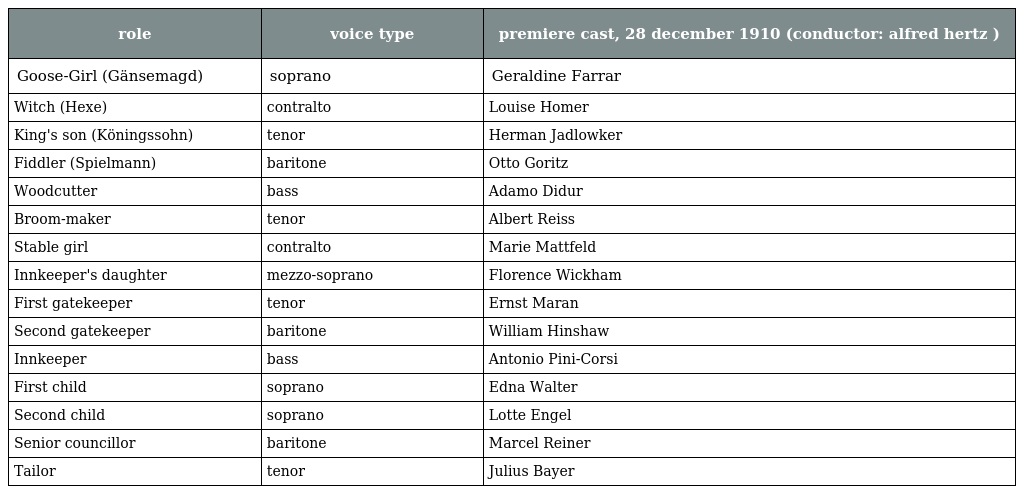
| role | voice type | premiere cast, 28 december 1910 (conductor: alfred hertz ) |
 | --- | --- | --- |
 | Goose-Girl (Gänsemagd) | soprano | Geraldine Farrar |
 | Witch (Hexe) | contralto | Louise Homer |
 | King's son (Köningssohn) | tenor | Herman Jadlowker |
 | Fiddler (Spielmann) | baritone | Otto Goritz |
 | Woodcutter | bass | Adamo Didur |
 | Broom-maker | tenor | Albert Reiss |
 | Stable girl | contralto | Marie Mattfeld |
 | Innkeeper's daughter | mezzo-soprano | Florence Wickham |
 | First gatekeeper | tenor | Ernst Maran |
 | Second gatekeeper | baritone | William Hinshaw |
 | Innkeeper | bass | Antonio Pini-Corsi |
 | First child | soprano | Edna Walter |
 | Second child | soprano | Lotte Engel |
 | Senior councillor | baritone | Marcel Reiner |
 | Tailor | tenor | Julius Bayer |